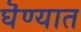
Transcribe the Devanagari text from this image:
घॆण्यात